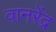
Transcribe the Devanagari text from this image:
वानरेंद्र